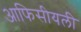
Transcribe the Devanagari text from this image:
आफिसीयली